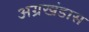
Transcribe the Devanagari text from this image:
अग्रखंडास